Annual report on the health of the army in India
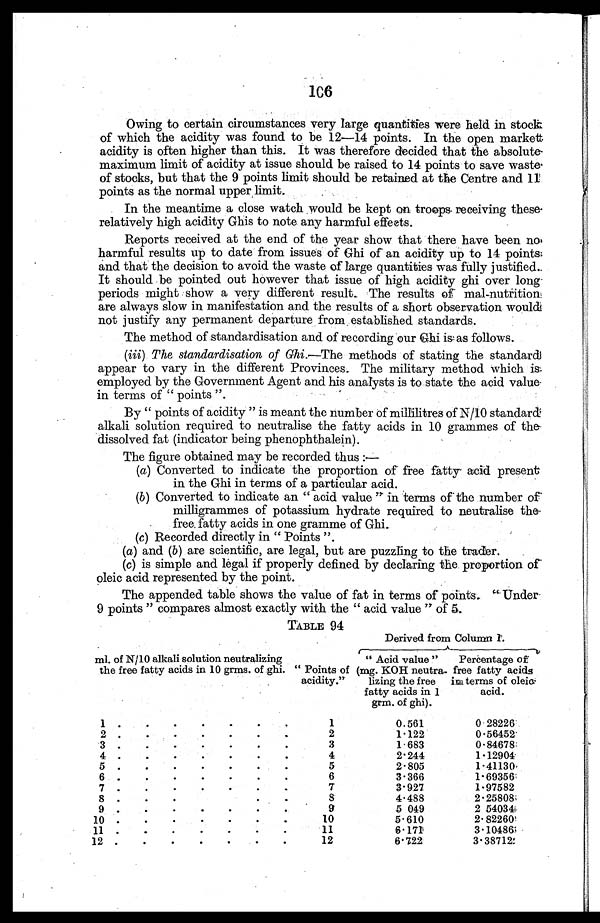
Owing to certain circumstances very large quantities were held in stock
of which the acidity was found to be 12—14 points. In the open market
acidity is often higher than this. It was therefore decided that the absolute
maximum limit of acidity at issue should be raised to 14 points to save waste
of stocks, but that the 9 points limit should be retained at the Centre and 11
points as the normal upper limit.
In the meantime a close watch would be kept on troops receiving these
relatively high acidity Ghis to note any harmful effects.
Reports received at the end of the year show that there have been no
harmful results up to date from issues of Ghi of an acidity up to 14 points
and that the decision to avoid the waste of large quantities was fully justified.
It should be pointed out however that issue of high acidity ghi over long.
periods might show a very different result. The results of mal-nutrition
are always slow in manifestation and the results of a short observation would
not justify any permanent departure from established standards.
The method of standardisation and of recording our Ghi is as follows.
(iii) The standardisation of Ghi .—The methods of stating the standard
appear to vary in the different Provinces. The military method which is
employed by the Government Agent and his analysts is to state the acid value
in terms of "points".
By "points of acidity" is meant the number of millilitres of N/10 standard
alkali solution required to neutralise the fatty acids in 10 grammes of the
dissolved fat (indicator being phenophthalein).
The figure obtained may be recorded thus:—
(a) Converted to indicate the proportion of free fatty acid present
in the Ghi in terms of a particular acid.
( b ) C o n v e r t e d t o i n d i c a t e a n " a c i d v a l u e " i n t e r m s o f t h e n u m b e r o f
milligrammes of potassium hydrate required to neutralise the
free fatty acids in one gramme of Ghi.
( c ) R e c o r d e d d i r e c t l y i n " P o i n t s " .
(a) and (b) are scientific, are legal, but are puzzling to the trader.
(c) is simple and legal if properly defined by declaring the proportion of
oleic acid represented by the point.
The appended table shows the value of fat in terms of points." Under
9 points" compares almost exactly with the "acid value" of 5.
TABLE 94
ml. of N/10 alkali solution neutralizing
the free fatty acids in 10 grms. of ghi. "Points of
acidity."
Derived from Column 1.
"Acid value"
(mg. KOH neutra-
lizing the free
fatty acids in 1
grm. of ghi).
Percentage of
free fatty acids
in terms of oleic.
acid.
1 . . .
1
0.561
0.28226
2 . . .
2
1.122
0.56452
3 . . .
3
1.683
0.84678
4 . . .
4
2.244
1.12904
5 . . .
5
2.805
1.41130
6 . . .
6
3.366
1.69356
7 . . .
7
3.927
1.97582
8 . . .
8
4.488
2.25808
9 . . .
9
5.049
2.54034
10 . . .
10
5.610
2.82260
11 . . .
11
6.171
3.10486
12 . . .
12
6.722
3.38712